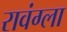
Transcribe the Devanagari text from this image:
रावंग्ला